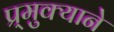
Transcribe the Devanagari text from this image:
प्र्मुक्याने